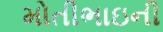
મોતીભાઇની